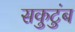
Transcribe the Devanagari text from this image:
सकुटुंब